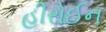
હીરોઈન